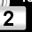
Digit: 2